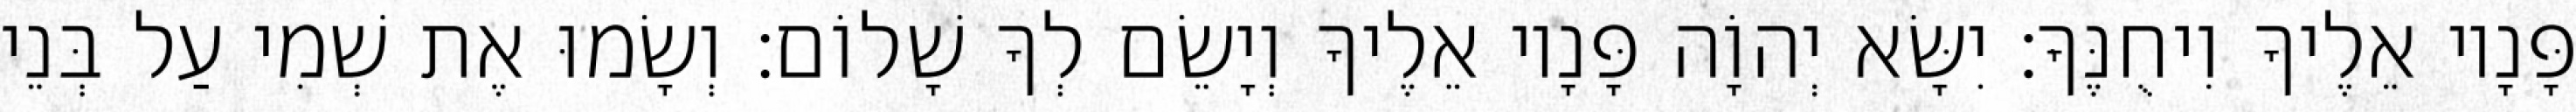
פָּנָיו אֵלֶיךָ וִיחֻנֶּךָּ׃ יִשָּׂא יְהוָֹה פָּנָיו אֵלֶיךָ וְיָשֵׂם לְךָ שָׁלוֹם׃ וְשָׂמוּ אֶת שְׁמִי עַל בְּנֵי